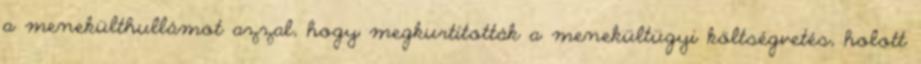
a menekülthullámot azzal, hogy megkurtították a menekültügyi költségvetés, holott